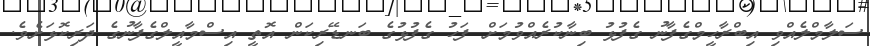
ސަލާމްލެއްވި އިބްރާހީމްގެފާނު ގެފުޅު ބިނާކުރެއްވުމަށް ފަހު ގެފުޅުގެ ބަނޑޭރިކަން އޮތީ އިސްމާއީލްގެފާނުގެ ދަރިކޮޅަށެވެ.